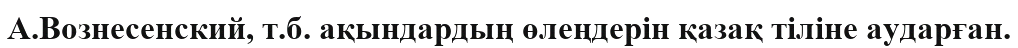
А.Вознесенский, т.б. ақындардың өлеңдерін қазақ тіліне аударған.